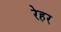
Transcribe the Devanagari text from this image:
रेहर